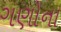
ગણોના